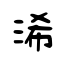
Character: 浠